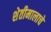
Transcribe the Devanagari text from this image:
शेतीमालाचे